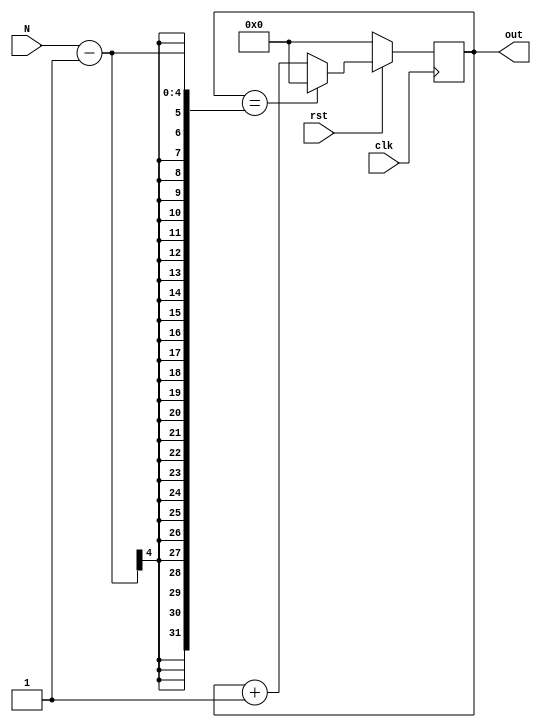
module ModNCounter(input clk, input rst, input [3:0] N, output reg[3:0] out);
  initial out=0;
  always @ (posedge clk) begin
    if (!rst)
      out <= 0;
    else begin
      if (out == N - 1)
        out <= 0;
      else
        out <= out + 1;
    end
  end
endmodule
   
module MUX(input [3:0] control, input [3:0] bits,input clk, output reg MSB);
  initial MSB=0;
  always @ (control, bits,clk) begin
    case (control)
      4'b0000 : MSB = 0;
      4'b0001 : MSB = clk;
      4'b0010 : MSB = bits[0];
      4'b0011 : MSB = bits[1];
      4'b0100 : MSB = bits[1];
      4'b0101 : MSB = bits[2];
      4'b0110 : MSB = bits[2];
      4'b0111 : MSB = bits[2];
      4'b1000 : MSB = bits[2];
      default : MSB = bits[3];
    endcase
  end
endmodule

module FrequencyDivider(input signal_in, input rst, input [3: 0] N, output signal_out);
  wire [3:0] A;   
  ModNCounter counter (signal_in, rst, N, A);
  MUX mux (N, A,signal_in, signal_out);
endmodule